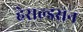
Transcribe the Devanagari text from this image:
हेराल्डसन